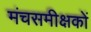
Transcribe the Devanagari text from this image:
मंचसमीक्षकों